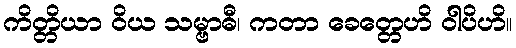
ကိတ္တိယာ ဝိယ သမ္ဗာဓီ၊ ကတာ ခေတ္တေဟိ ဝါပိဟိ။